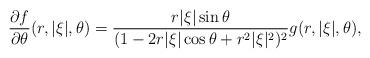
LaTeX: \begin{align*}\frac{\partial f}{\partial \theta}(r,|\xi|,\theta)&=\frac{r|\xi|\sin\theta}{(1-2r|\xi|\cos\theta+r^{2}|\xi|^{2})^{2}}g(r,|\xi|,\theta),\end{align*}